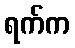
ရက်က